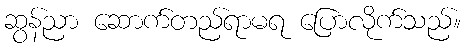
ဆွန်ညာ ဆောက်တည်ရာမရ ပြောလိုက်သည်။